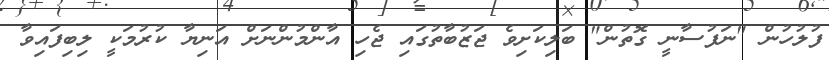
ފުލުހުން "ނަފުސާނީ ގޮތުން" ބަލިކަށިވެ ޖަޒުބާތުގައި ޖެހި އާންމުންނަށް އަނިޔާ ކުރުމަކީ ލިބިފައިވާ